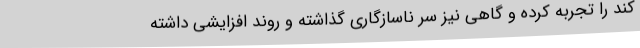
کند را تجربه کرده و گاهی نیز سر ناسازگاری گذاشته و روند افزایشی داشته